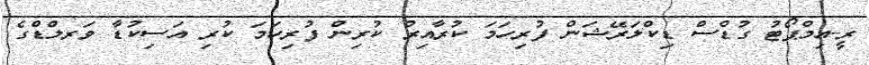
ރީ-އިމްޕޯޓު ގުޑްސް ޑިކްލަރޭޝަން ފުރިހަމަ ކުރާއިރު ކުރިން ފުރިހަމަ ކުރި އަސިކުޑާ ވަރލްޑްގެ